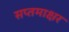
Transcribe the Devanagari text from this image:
सप्तमाक्षर